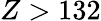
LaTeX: Z>132